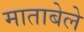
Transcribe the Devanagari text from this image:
माताबेले